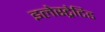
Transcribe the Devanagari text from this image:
इलेस्‍ट्रेटिड